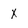
Character: X